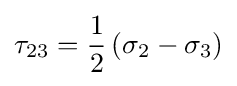
{\tau _{23}}={\frac {1}{2}}\left({{\sigma _{2}}-{\sigma _{3}}}\right)